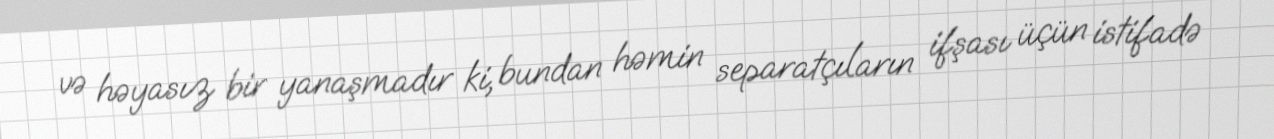
və həyasız bir yanaşmadır ki, bundan həmin separatçıların ifşası üçün istifadə